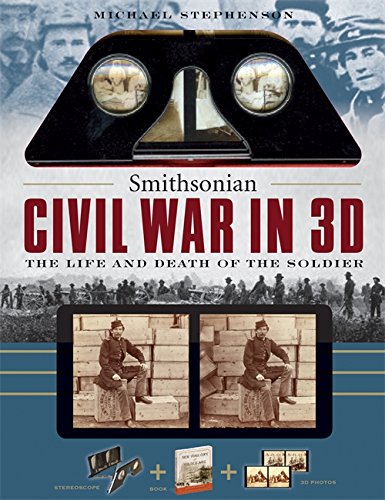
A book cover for Smithsonian Civil War in 3D: The Life and Death of the Solider; Michael Stephenson; Arts & Photography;